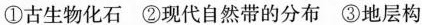
①古生物化石②现代自然带的分布③地层构